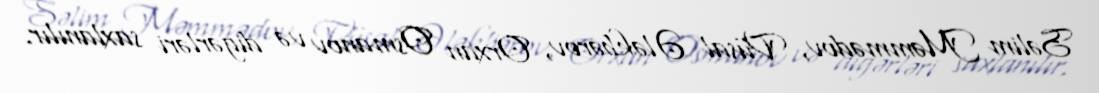
Səlim Məmmədov, Vüsal Ələkbərov, Orxan Osmanov və digərləri saxlanılır.